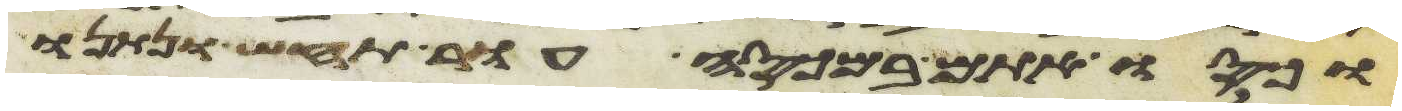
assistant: וכסו אתם במכסה עור תחש ונתנו